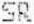
SR